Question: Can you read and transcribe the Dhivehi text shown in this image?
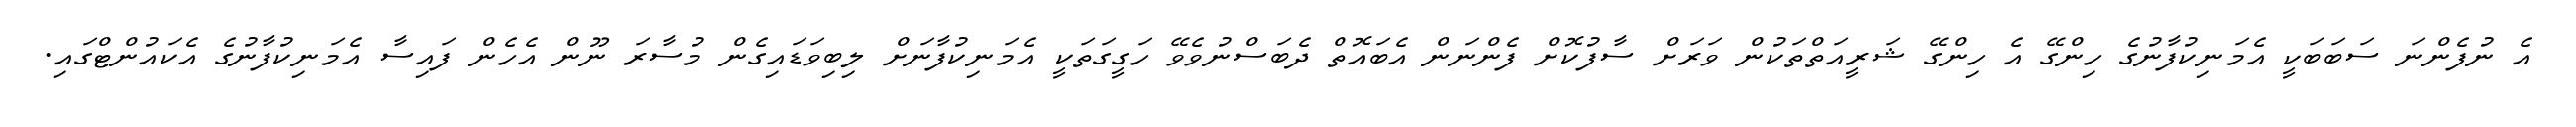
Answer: އެ ނުފެންނަ ސަބަބަކީ އެމަނިކުފާނުގެ ހިންގޭ އެ ހިންގޭ ޝަރީއަތްތަކުން ވަރަށް ސާފުކޮށް ފެންނަން އެބައޮތް ދެބަސްނުވެވޭ ހަގީގަތަކީ އެމަނިކުފާނަށް ލިބިވަޑައިގެން މުސާރަ ނޫން އެހެން ފައިސާ އެމަނިކުފާނުގެ އެކައުންޓްގައި.